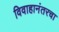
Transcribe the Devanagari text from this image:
विवाहानंतरचा